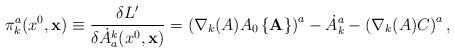
LaTeX: \begin{align*}\pi_{k}^{a}(x^{0}, {\bf x}) \equiv \frac{\delta L'}{\delta \dot{A}_{a}^{k}(x^{0}, {\bf x})} = \left (\nabla_{k}(A) A_{0}\left \{{\bf A} \right \} \right )^{a} - \dot{A}_{k}^{a} - \left ( \nabla_{k}(A) C \right )^{a},\end{align*}